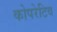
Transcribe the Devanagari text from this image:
कोपरेटिव